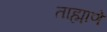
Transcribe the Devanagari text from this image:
ताह्माणे